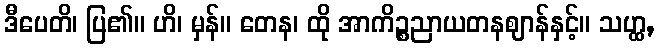
ဒီပေတိ၊ ပြ၏။ ဟိ၊ မှန်။ တေန၊ ထို အာကိဉ္စညာယတနဈာန်နှင့်။ သဟ္ထ,